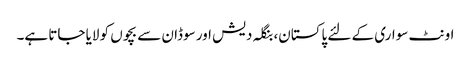
اونٹ سواری کے لئے پاکستان، بنگلہ دیش اور سوڈان سے بچوں کو لایا جاتا ہے۔